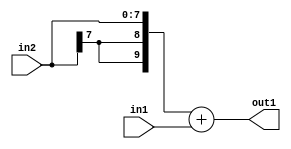
`timescale 1ps / 1ps
/*****************************************************************************
    Verilog RTL Description
    
    
    Created by: Stratus DpOpt 2019.1.01 
*******************************************************************************/

module fix2float_Add_8Sx8U_10S_1 (
	in2,
	in1,
	out1
	); /* architecture "behavioural" */ 
input [7:0] in2,
	in1;
output [9:0] out1;
wire [9:0] asc001;

assign asc001 = 
	+({{2{in2[7]}}, in2})
	+(in1);

assign out1 = asc001;
endmodule

/* CADENCE  urj2Tg8= : u9/ySgnWtBlWxVPRXgAZ4Og= ** DO NOT EDIT THIS LINE ******/